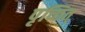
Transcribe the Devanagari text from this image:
पृच्छित्